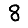
Digit: 8